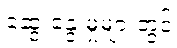
ဆွေးနွေးမှုများတွင်